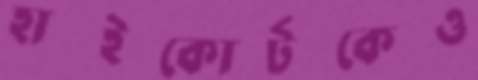
হাইকোর্টকেও